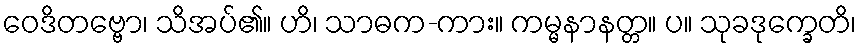
ဝေဒိတဗ္ဗော၊ သိအပ်၏။ ဟိ၊ သာဓက-ကား။ ကမ္မနာနတ္တ။ ပ။ သုခဒုက္ခေတိ၊